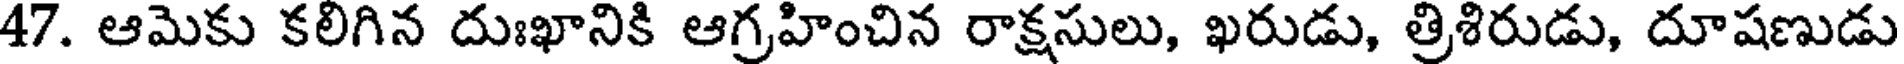
47. ఆమెకు కలిగిన దుఃఖానికి ఆగ్రహించిన రాక్షసులు, ఖరుడు, త్రిశిరుడు, దూషణుడు